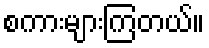
စကားများကြတယ်။